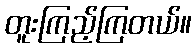
တူးကြည့်ကြတယ်။